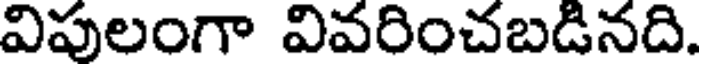
విపులంగా వివరించబడినది.